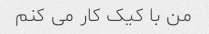
من با کیک کار می کنم